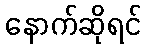
နောက်ဆိုရင်